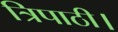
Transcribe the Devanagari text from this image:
त्रिपाठी।